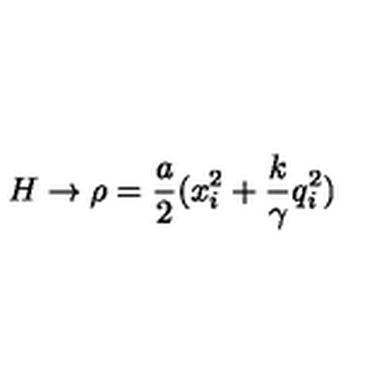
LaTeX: H \rightarrow \rho = \frac { a } { 2 } ( x _ { i } ^ { 2 } + \frac { k } { \gamma } q _ { i } ^ { 2 } )